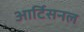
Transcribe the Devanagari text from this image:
आर्टिसनल